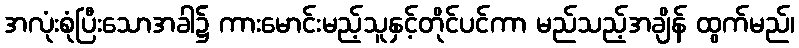
အလုံးစုံပြီးသောအခါ၌ ကားမောင်းမည့်သူနှင့်တိုင်ပင်ကာ မည်သည့်အချိန် ထွက်မည်၊